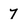
Character: 7